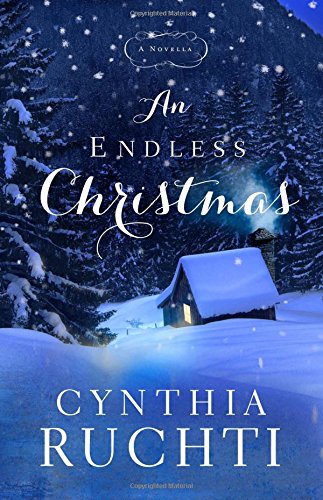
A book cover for An Endless Christmas: A Novella; Cynthia Ruchti; Romance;